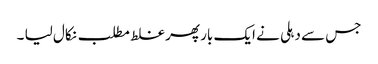
جس سے دہلی نے ایک بار پھر غلط مطلب نکال لیا ۔